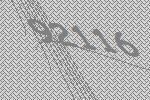
92116